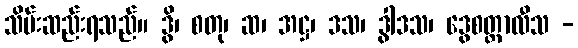
သိမ်းဆည်းရသည်။ ဒွိ၊ စတု၊ ဆ၊ အဋ္ဌ၊ ဒသ၊ ဒွါဒသ၊ ဒွေစတ္တာလီသ -